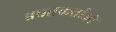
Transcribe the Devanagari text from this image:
बचतकर्ताओं